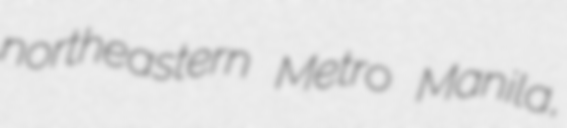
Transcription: northeastern Metro Manila,